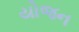
યોજન